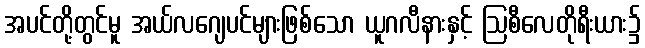
အပင်တို့တွင်မူ အယ်လဂျေပင်များဖြစ်သော ယူဂလီနားနှင့် ဩစီလေတိုရီးယား၌